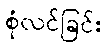
စုံလင်ခြင်း